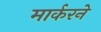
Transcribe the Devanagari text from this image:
मार्करने